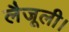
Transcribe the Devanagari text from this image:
लैजूली।